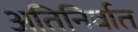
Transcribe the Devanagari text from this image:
अतिनिर्वात